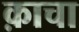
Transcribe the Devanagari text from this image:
क़ाचा